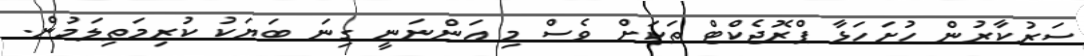
ސަރުކާރުން ހުށަހަޅާ ޕްރޮޖެކްޓް ތަކަށް ވެސް މި އަންނަނީ ގިނަ ބަޔަކު ކުރިމަތިލަމުން.